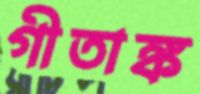
গীতাঙ্ক